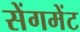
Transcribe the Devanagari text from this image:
सेंगमेंट